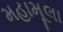
મહામૂલા